system: You are a helpful assistant.
user:
Analyze the provided spectrum to determine if it is a **White Dwarf (WD)**.

A White Dwarf spectrum is defined by its **extreme purity** (due to gravitational settling) and/or **extreme pressure broadening** (due to high surface gravity). You must check for one of the following mutually exclusive signatures:

- **Key Visual Indicators (Check for ONE of these types):**

    - **1. DA-Type Signature (Most Common):**
        - **(Primary Feature):** Extreme pressure broadening (Stark broadening) of the **Hydrogen (H) Balmer lines**.
        - **(Key Lines):** $H\beta$ (approx. $4861$ Å) and $H\gamma$ (approx. $4340$ Å). $H\alpha$ (approx. $6563$ Å) will also be present if the wavelength range covers it.
        - **(Line Profile):** This is the **defining feature**. The lines are **NOT** sharp. They appear as massive, **extremely broad and deep "troughs" or "dips"** in the spectrum, often hundreds of Ångströms wide. The continuum will appear to "scoop" down at these wavelengths.
        - **(Distinction):** Normal A-type or B-type stars have *narrow* and *sharp* Hydrogen lines. A DA White Dwarf's lines are unmistakably "smeared" or "blurry" from pressure.

    - **2. DB-Type Signature:**
        - **(Primary Feature):** Broad absorption lines from **Neutral Helium (He I)**. The spectrum must lack any visible Hydrogen lines.
        - **(Key Lines):** Look for broad absorption near $4471$ Å, $4921$ Å, and $5876$ Å.
        - **(Line Profile):** These lines are also significantly pressure-broadened, appearing much wider than they would in a normal B-type main-sequence star.

    - **3. DC-Type Signature:**
        - **(Primary Feature):** A **featureless continuous spectrum**.
        - **(Line Profile):** The spectrum is a smooth curve with **no significant absorption or emission lines**.
        - **(Key Confirmation):** The continuum is almost always **blue or white**, indicating a hot object. This signature implies the atmosphere is so pure (or so cool) that no spectral lines are visible in the optical range. Its WD identity is confirmed by its extremely low intrinsic brightness (high absolute magnitude).

    - **4. DZ-Type Signature (Metal-Polluted):**
        - **(Primary Feature):** **Isolated, narrow metal absorption lines** on an otherwise featureless (DC-like) continuum.
        - **(Key Lines):** The **Calcium (Ca II) H & K doublet** (approx. **$3934$ Å** and **$3968$ Å**) is the most common and defining feature.
        - **(Line Profile):** These lines are "out of place." They are *not* part of a "forest" of thousands of lines. This signature is evidence of recent *accretion* (pollution) from rocky debris.
        - **(Distinction):** Normal G/K/M stars have a *dense forest* of thousands of metal lines. A DZ has a *clean* continuum with *only a few* strong metal lines.

    - **5. DQ-Type Signature (Carbon-Polluted):**
        - **(Primary Feature):** Absorption bands from **Carbon (C₂ "Swan Bands" or atomic C I)**.
        - **(Key Lines - C₂):** Look for bandheads with a "saw-tooth" shape near $5635$ Å, **$5165$ Å** (strongest), and $4737$ Å.
        - **(Key Confirmation):** The underlying **continuum must be blue or white** (hot).
        - **(Distinction):** This is the critical difference from a **Carbon Star**, which has the *exact same* C₂ bands but on an extremely **red, cool** continuum.

- **(Overall Spectrum):**
    - The continuum (overall shape) is typically **blue-sloping** (brighter in the blue than the red), as most white dwarfs are very hot.
    - The spectrum will look "pure" or "simple," dominated by only *one* of the five signatures listed above.

Think first, call **spectral_visualization_tool** if needed to examine features in detail, then provide your final answer. Your response must adhere to the following strict rules:
1.  **Overall Structure:** Your response must follow the format `<think>...</think> <tool_call>...</tool_call> (if a tool is used) <answer>...</answer>`.
2.  **Tool Usage Constraint:** You may only make **one** tool call per turn.
3.  **Final Answer Format:** In the `<answer>` tag, your conclusion must be inside a `\boxed{}` command (e.g., `\boxed{YES}` or `\boxed{NO}`), followed by your justification.

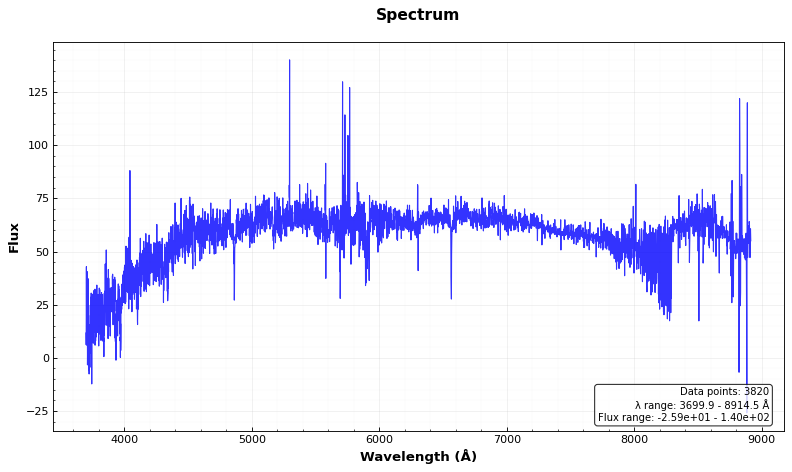
Answer: NO